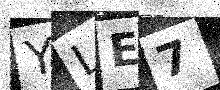
Text: YLE7